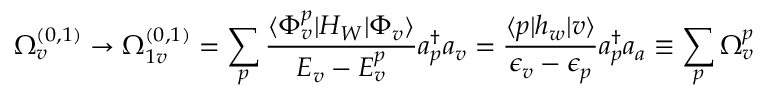
\Omega _ { v } ^ { ( 0 , 1 ) } \rightarrow \Omega _ { 1 v } ^ { ( 0 , 1 ) } = \sum _ { p } \frac { \langle \Phi _ { v } ^ { p } | H _ { W } | \Phi _ { v } \rangle } { { \cal E } _ { v } - { \cal E } _ { v } ^ { p } } a _ { p } ^ { \dagger } a _ { v } = \frac { \langle p | h _ { w } | v \rangle } { \epsilon _ { v } - \epsilon _ { p } } a _ { p } ^ { \dagger } a _ { a } \equiv \sum _ { p } \Omega _ { v } ^ { p }